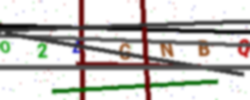
Text: O2EGNBQ